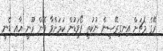
ރޭގެ މެޗަށް އިނގިރޭސީން ނުކުތީ ފޯވަޑުން ކަމަށްވާ ވޭން ރޫނީ އާއި ޑެނީ